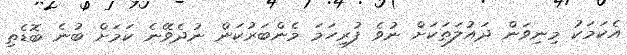
އެކަމަކު މިނިވަން ދައުލަތަކަށް ނުވެ ފުރިހަމަ މެންބަރުކަން ނުދެވޭނެ ކަމަށް ބުނެ ބޮޑެތި